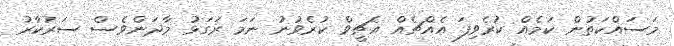
މަސައްކަތުން ކަމެއް ކުރެވިފަ އެއްޗެއް އެޗީވް ކުރެވުނު ނަމަ ރަގަޅު މާދަންވެސް ސަރުކާރު